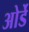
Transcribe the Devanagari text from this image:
ओर्डे